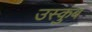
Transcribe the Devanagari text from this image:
उस्कुब